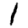
Digit: 1